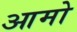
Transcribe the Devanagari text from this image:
आमो